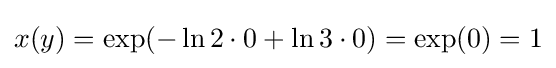
x(y)=\exp(-\ln 2\cdot 0+\ln 3\cdot 0)=\exp(0)=1